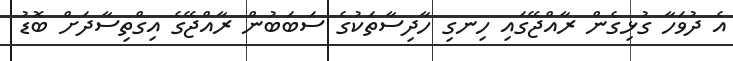
އެ ދުވަހާ ގުޅިގެން ރާއްޖޭގައި ހިނގި ހާދިސާތަކުގެ ސަބަބުން ރާއްޖޭގެ އިގްތިސާދަށް ބޮޑު